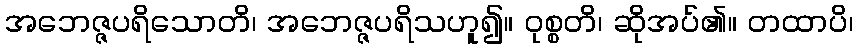
အဘေဇ္ဇပရိသောတိ၊ အဘေဇ္ဇပရိသဟူ၍။ ဝုစ္စတိ၊ ဆိုအပ်၏။ တထာပိ၊